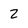
Character: 2